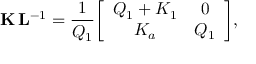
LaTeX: { \bf K } \, { \bf L } ^ { - 1 } = { \frac { 1 } { Q _ { 1 } } } \biggl [ \begin{array} { c c } { { Q _ { 1 } + K _ { 1 } } } & { { 0 } } \\ { { K _ { a } } } & { { Q _ { 1 } } } \end{array} \biggr ] ,